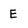
Character: E